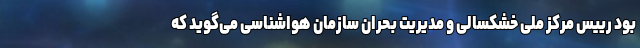
بود رییس مرکز ملی خشکسالی و مدیریت بحران سازمان هواشناسی می‌گوید که